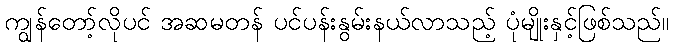
ကျွန်တော့်လိုပင် အဆမတန် ပင်ပန်းနွမ်းနယ်လာသည့် ပုံမျိုးနှင့်ဖြစ်သည်။